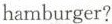
hamburger?